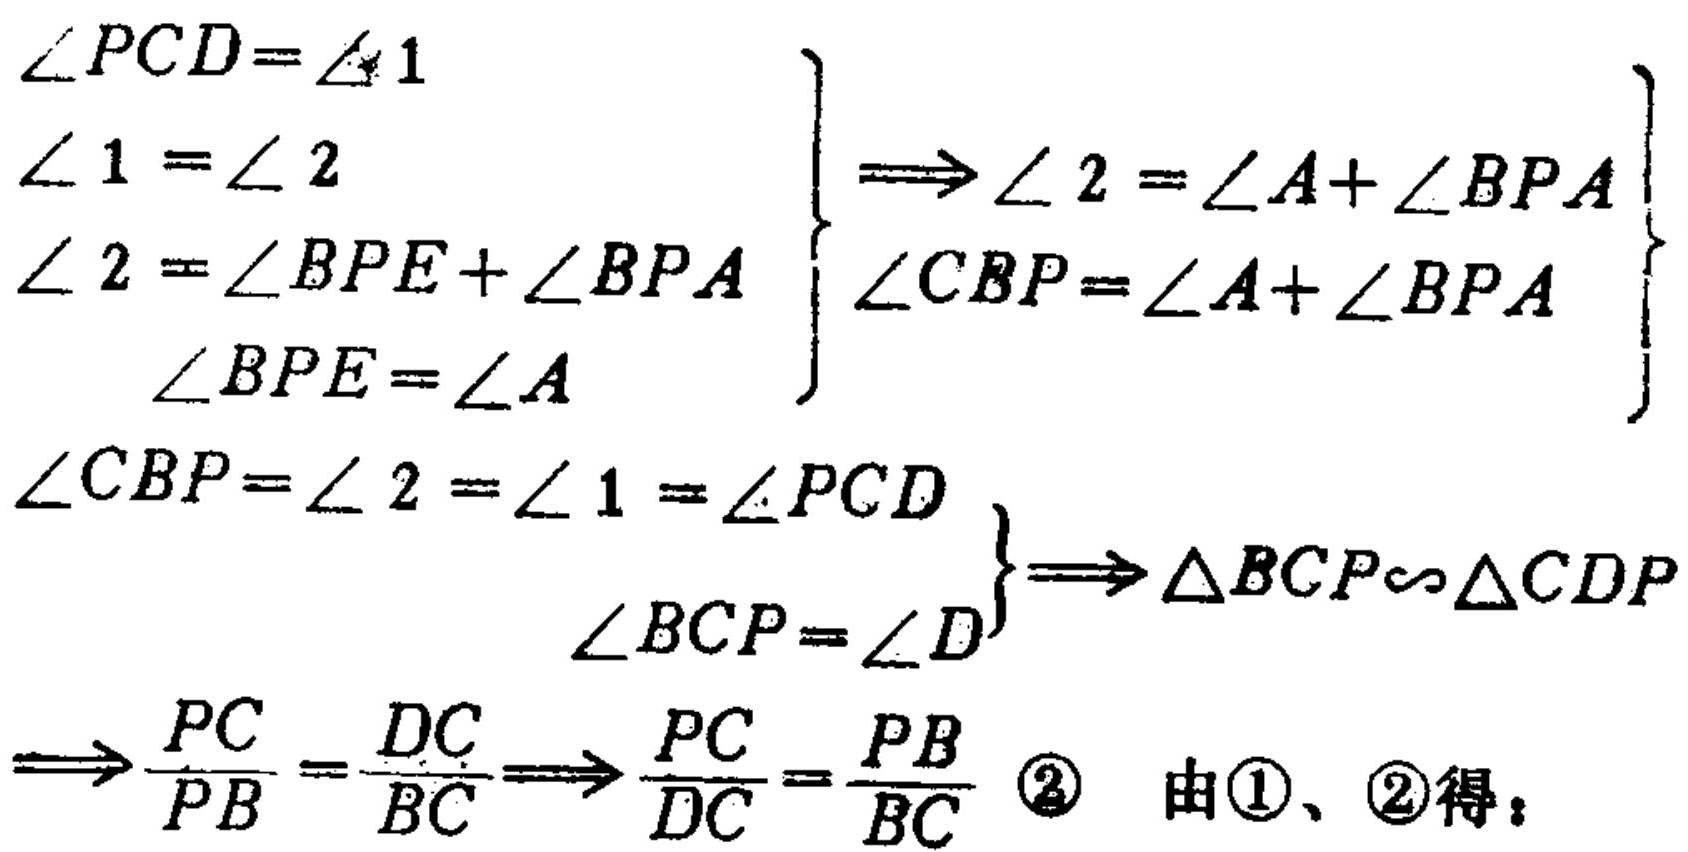
\(\begin{cases}
\angle PCD=\angle 1 \\
\angle 1=\angle 2 \\
\angle 2=\angle BPE+\angle BPA \\
\angle BPE=\angle A
\end{cases}\Rightarrow
\begin{cases}
\angle 2=\angle A+\angle BPA \\
\angle CBP=\angle A+\angle BPA
\end{cases}\)
\(\begin{cases}
\angle CBP=\angle 2=\angle 1=\angle PCD \\
\angle BCP=\angle D
\end{cases}\Rightarrow \triangle BCP\sim\triangle CDP\)
\(\Rightarrow\frac{PC}{PB}=\frac{DC}{BC}\Rightarrow\frac{PC}{DC}=\frac{PB}{BC}\) \textcircled{2} 由\textcircled{1}、\textcircled{2}得：